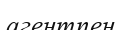
агентпен